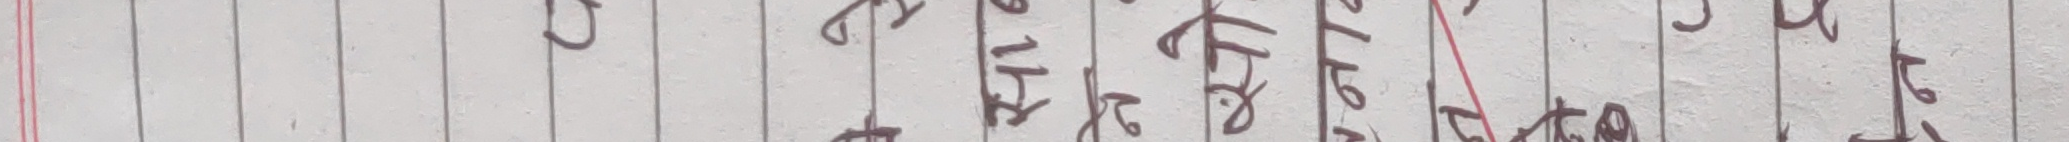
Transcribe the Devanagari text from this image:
७ १४ २७ ३० २ २४ ४० ३९ ७ १४ २७ ३० १ १ १७ १३ १० २२ २८ २६ १५ १५ ३५ ३८ ३ १७ ३३ ३३ १५ १५ ३० ३० १५ १५ ३२ ३२ ३ २ १ ७ १५ १५ ३० ३० ३० ३० ३० ३० १५ १५ २५ २५ १५ २ ४० ४०